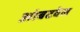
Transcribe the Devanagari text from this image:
आंबटवेल